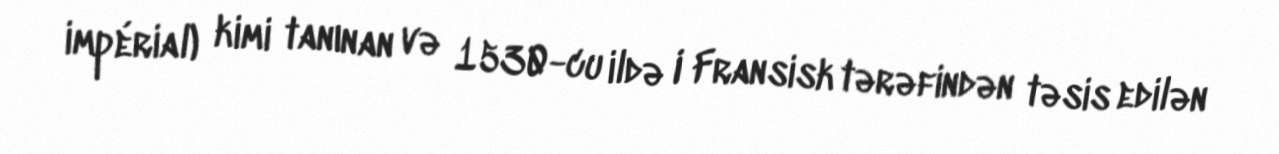
impérial) kimi tanınan və 1530-cu ildə I Fransisk tərəfindən təsis edilən